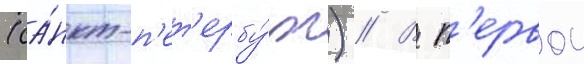
(са́нкт-п'ет'ербу́рг) // В п'ервои